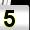
Digit: 5